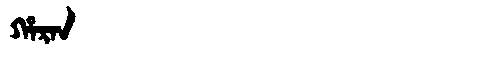
Manchu: ᡥᠠᡵᠠᠨ
Romanization: HARAN